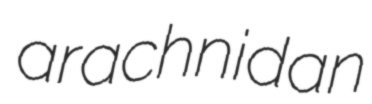
arachnidan